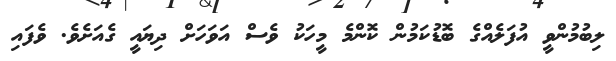
ލިބުމުންވީ އުފަލެއްގެ ބޮޑުކަމުން ކޮންމެ މީހަކު ވެސް އަވަހަށް ދިޔައީ ގެއަށެވެ. ވެފައި